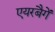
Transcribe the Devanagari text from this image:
एयरबैगें